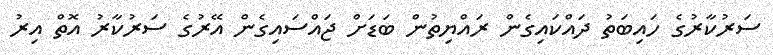
ސަރުކާރުގެ ހައިބަތު ދައްކައިގެން ރައްޔިތުން ބަޑަށް ޖައްސައިގެން އޭރުގެ ސަރުކާރު އޮތް އިރު